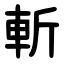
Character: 斬